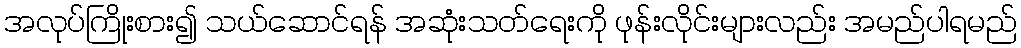
အလုပ်ကြိုးစား၍ သယ်ဆောင်ရန် အဆုံးသတ်ရေးကို ဖုန်းလိုင်းများလည်း အမည်ပါရမည်